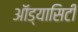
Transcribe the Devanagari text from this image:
ऑड्यासिटी